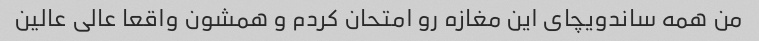
من همه ساندویچای این مغازه رو امتحان کردم و همشون واقعا عالی عالین